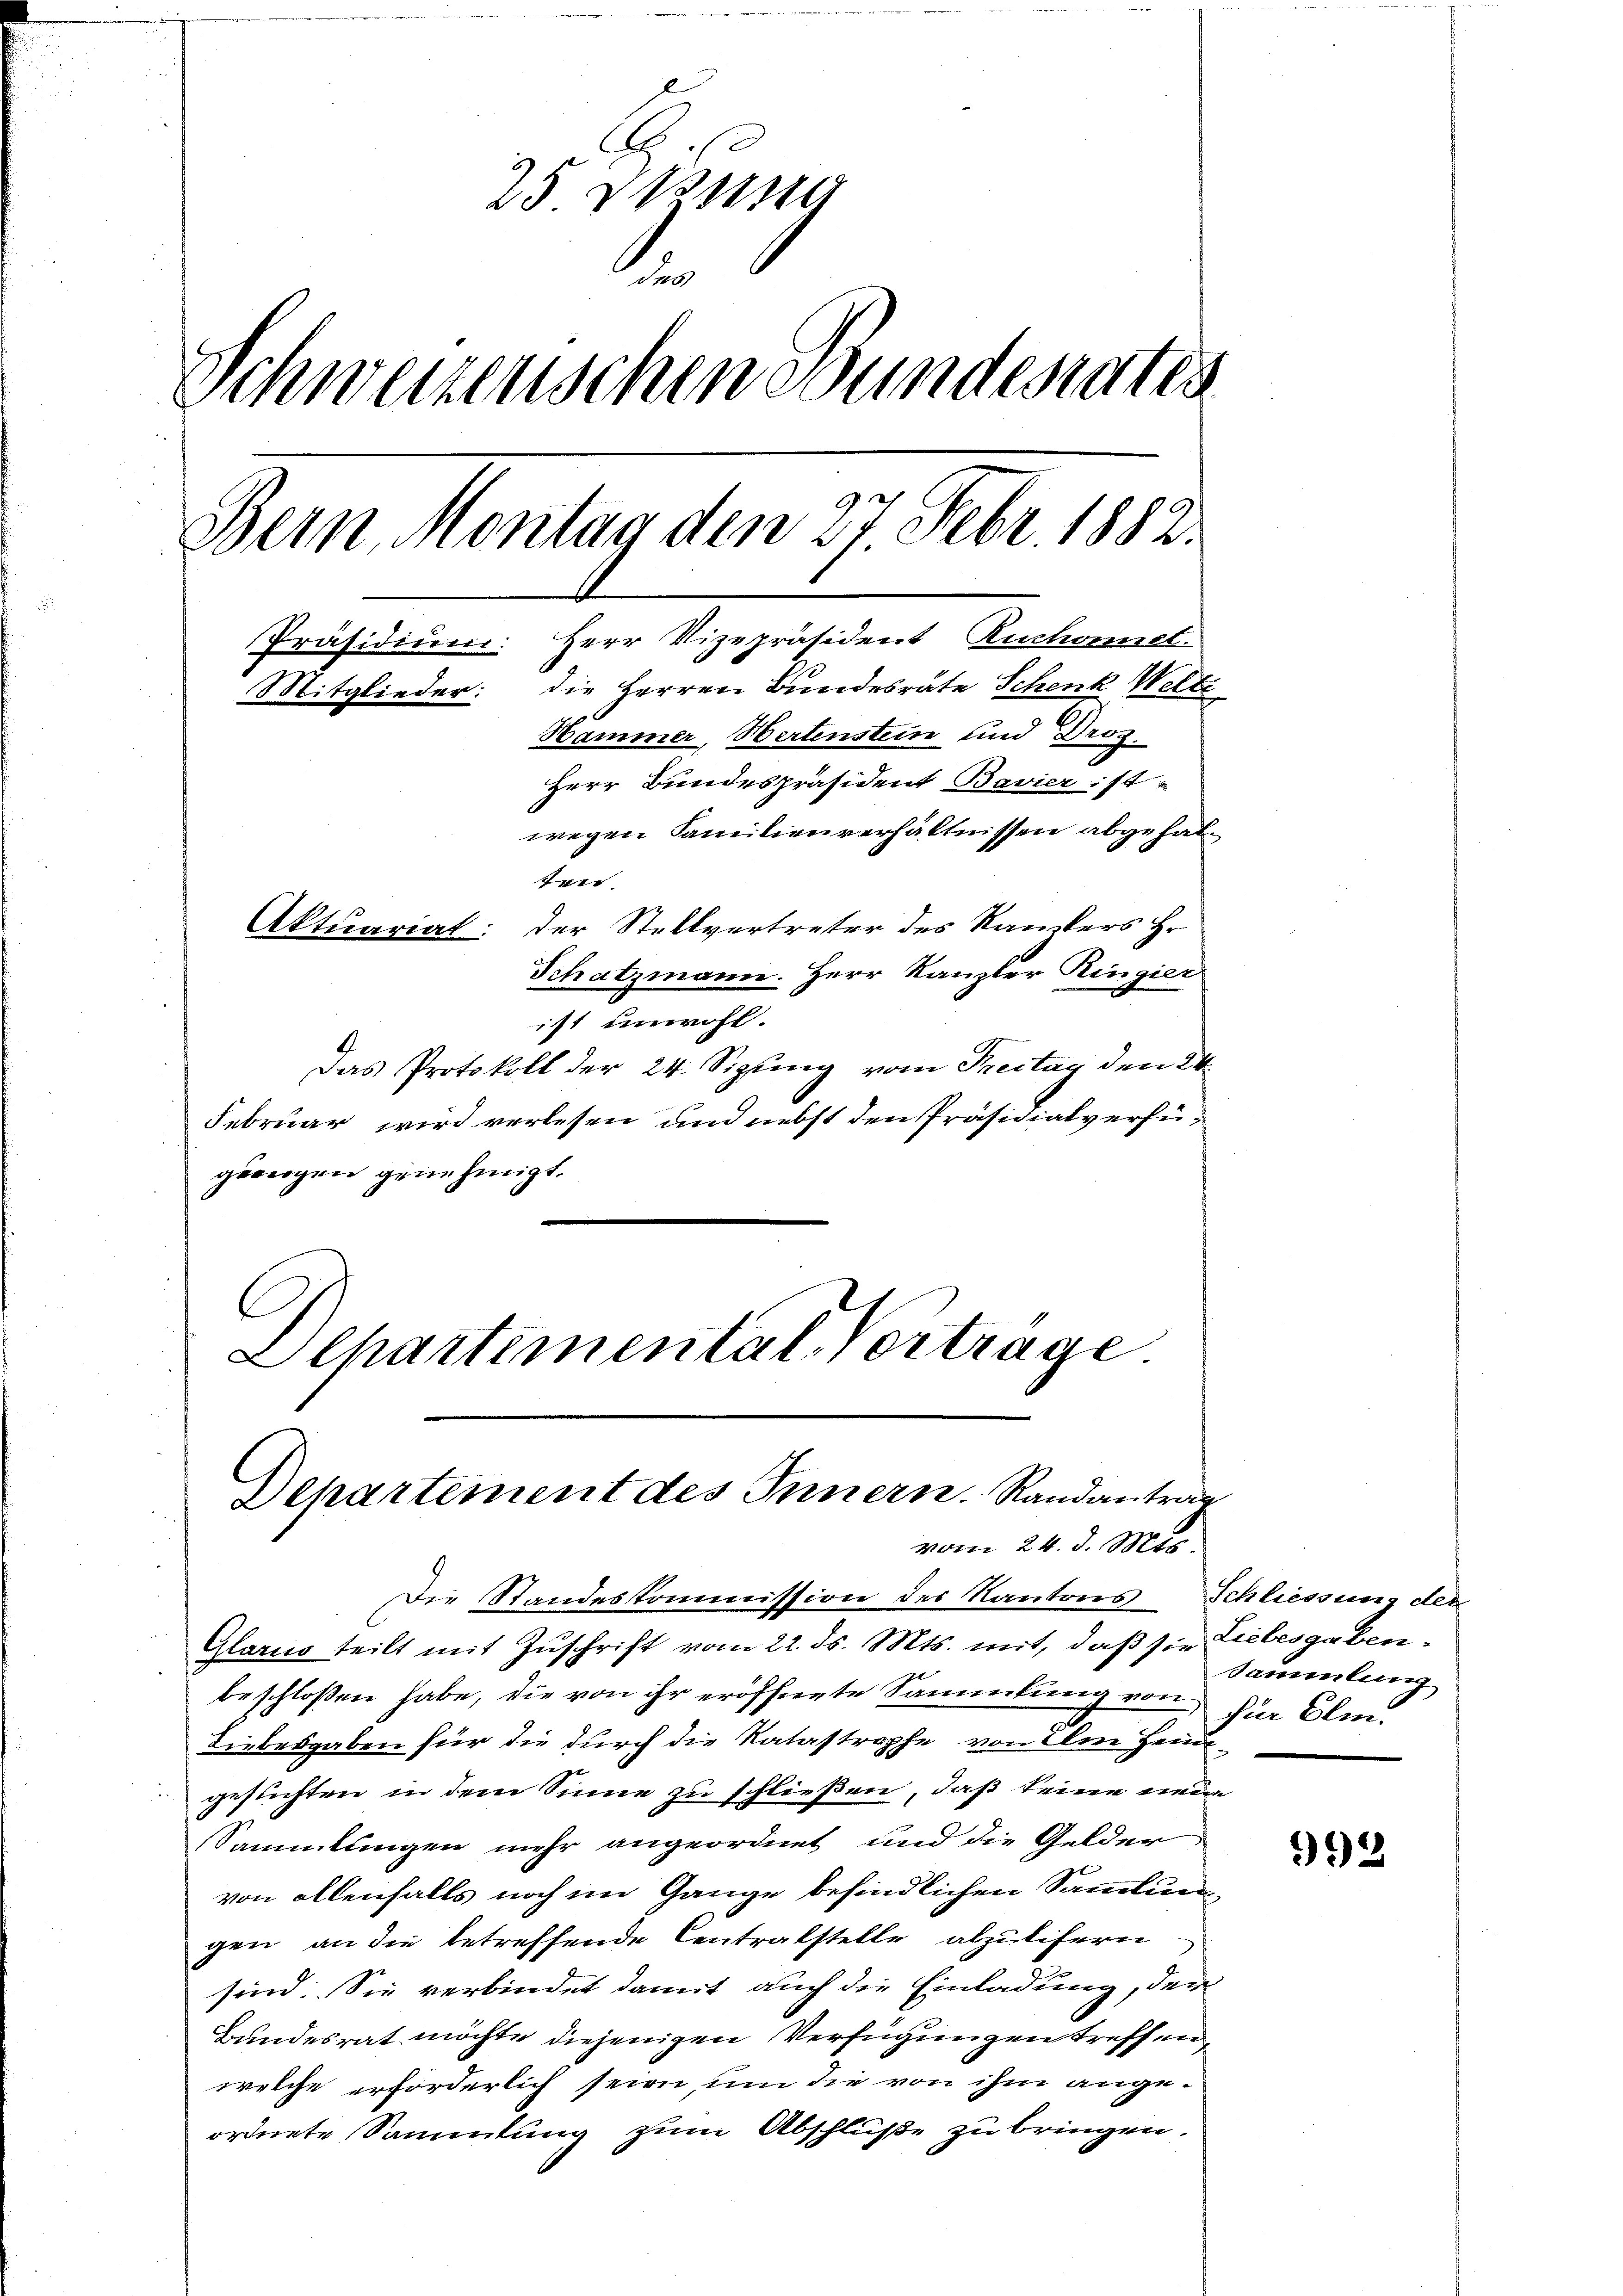
25 Stund
.
Schweizenschen Bundesrates
Bein. Montag den 27 Febr 1882.
Präsidium. Herr Vizepräsident Ruchonnel
Mitglieder: die Herren Bundesrate Schenk Welti
Hammer, Hertenstein und Droz.
Herr Bundespräsident Bavier ist
wegen Familienverhältnissen abgehale
Aktuariat: der Stellvertreter des Kanzlers Hr
Schatzmann. Herr Kanzler Ringier

Die Standeskommission des Kantons Schliessung der
Glarus teilt mit Zuschrift vom 22. ds. Mts. mit, daß sie Liebesgabenbeschloßen habe, die von ihr eröffnerte Sammlung von für Olm¬
Liebesgaben für die durch die Katastrophe von Ileie Heimgesuchten in dem Sinne zu schließen, daß keine neue
Sammlungen mehr angeordnet und die Gelder.
von allenfalls noch im Gange befindlichen Sammlun
gen an die betreffende Centralstelle abzulifern
sind. Sie verbindet damit auch die Einladung, der
Bundesrat möchte diejenigen Verfügungen treffen,
welche erforderlich seien, um die von ihm angeordnete Sammlung zum Abschluße zu bringen.

ist unwohl.
Das Protokoll der 24. Sizung vom Freitag den 24.
Februar wird verlesen und nebst den Präsidialverfügereigen genehmigt.
C
Olhartemental-Vertrage

Departement des Innern. Randantrag
vom 24. d. Mts.

Sammlung

32